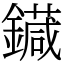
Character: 䥠